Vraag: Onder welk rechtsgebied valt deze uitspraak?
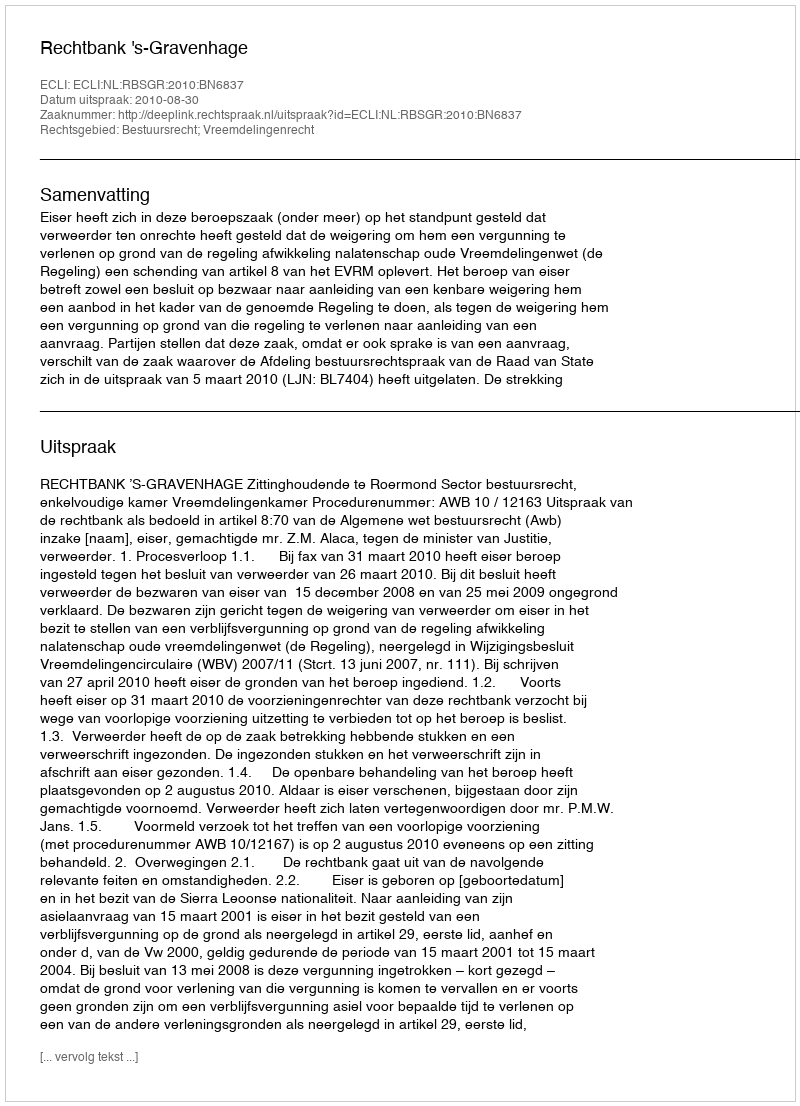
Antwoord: Bestuursrecht; Vreemdelingenrecht